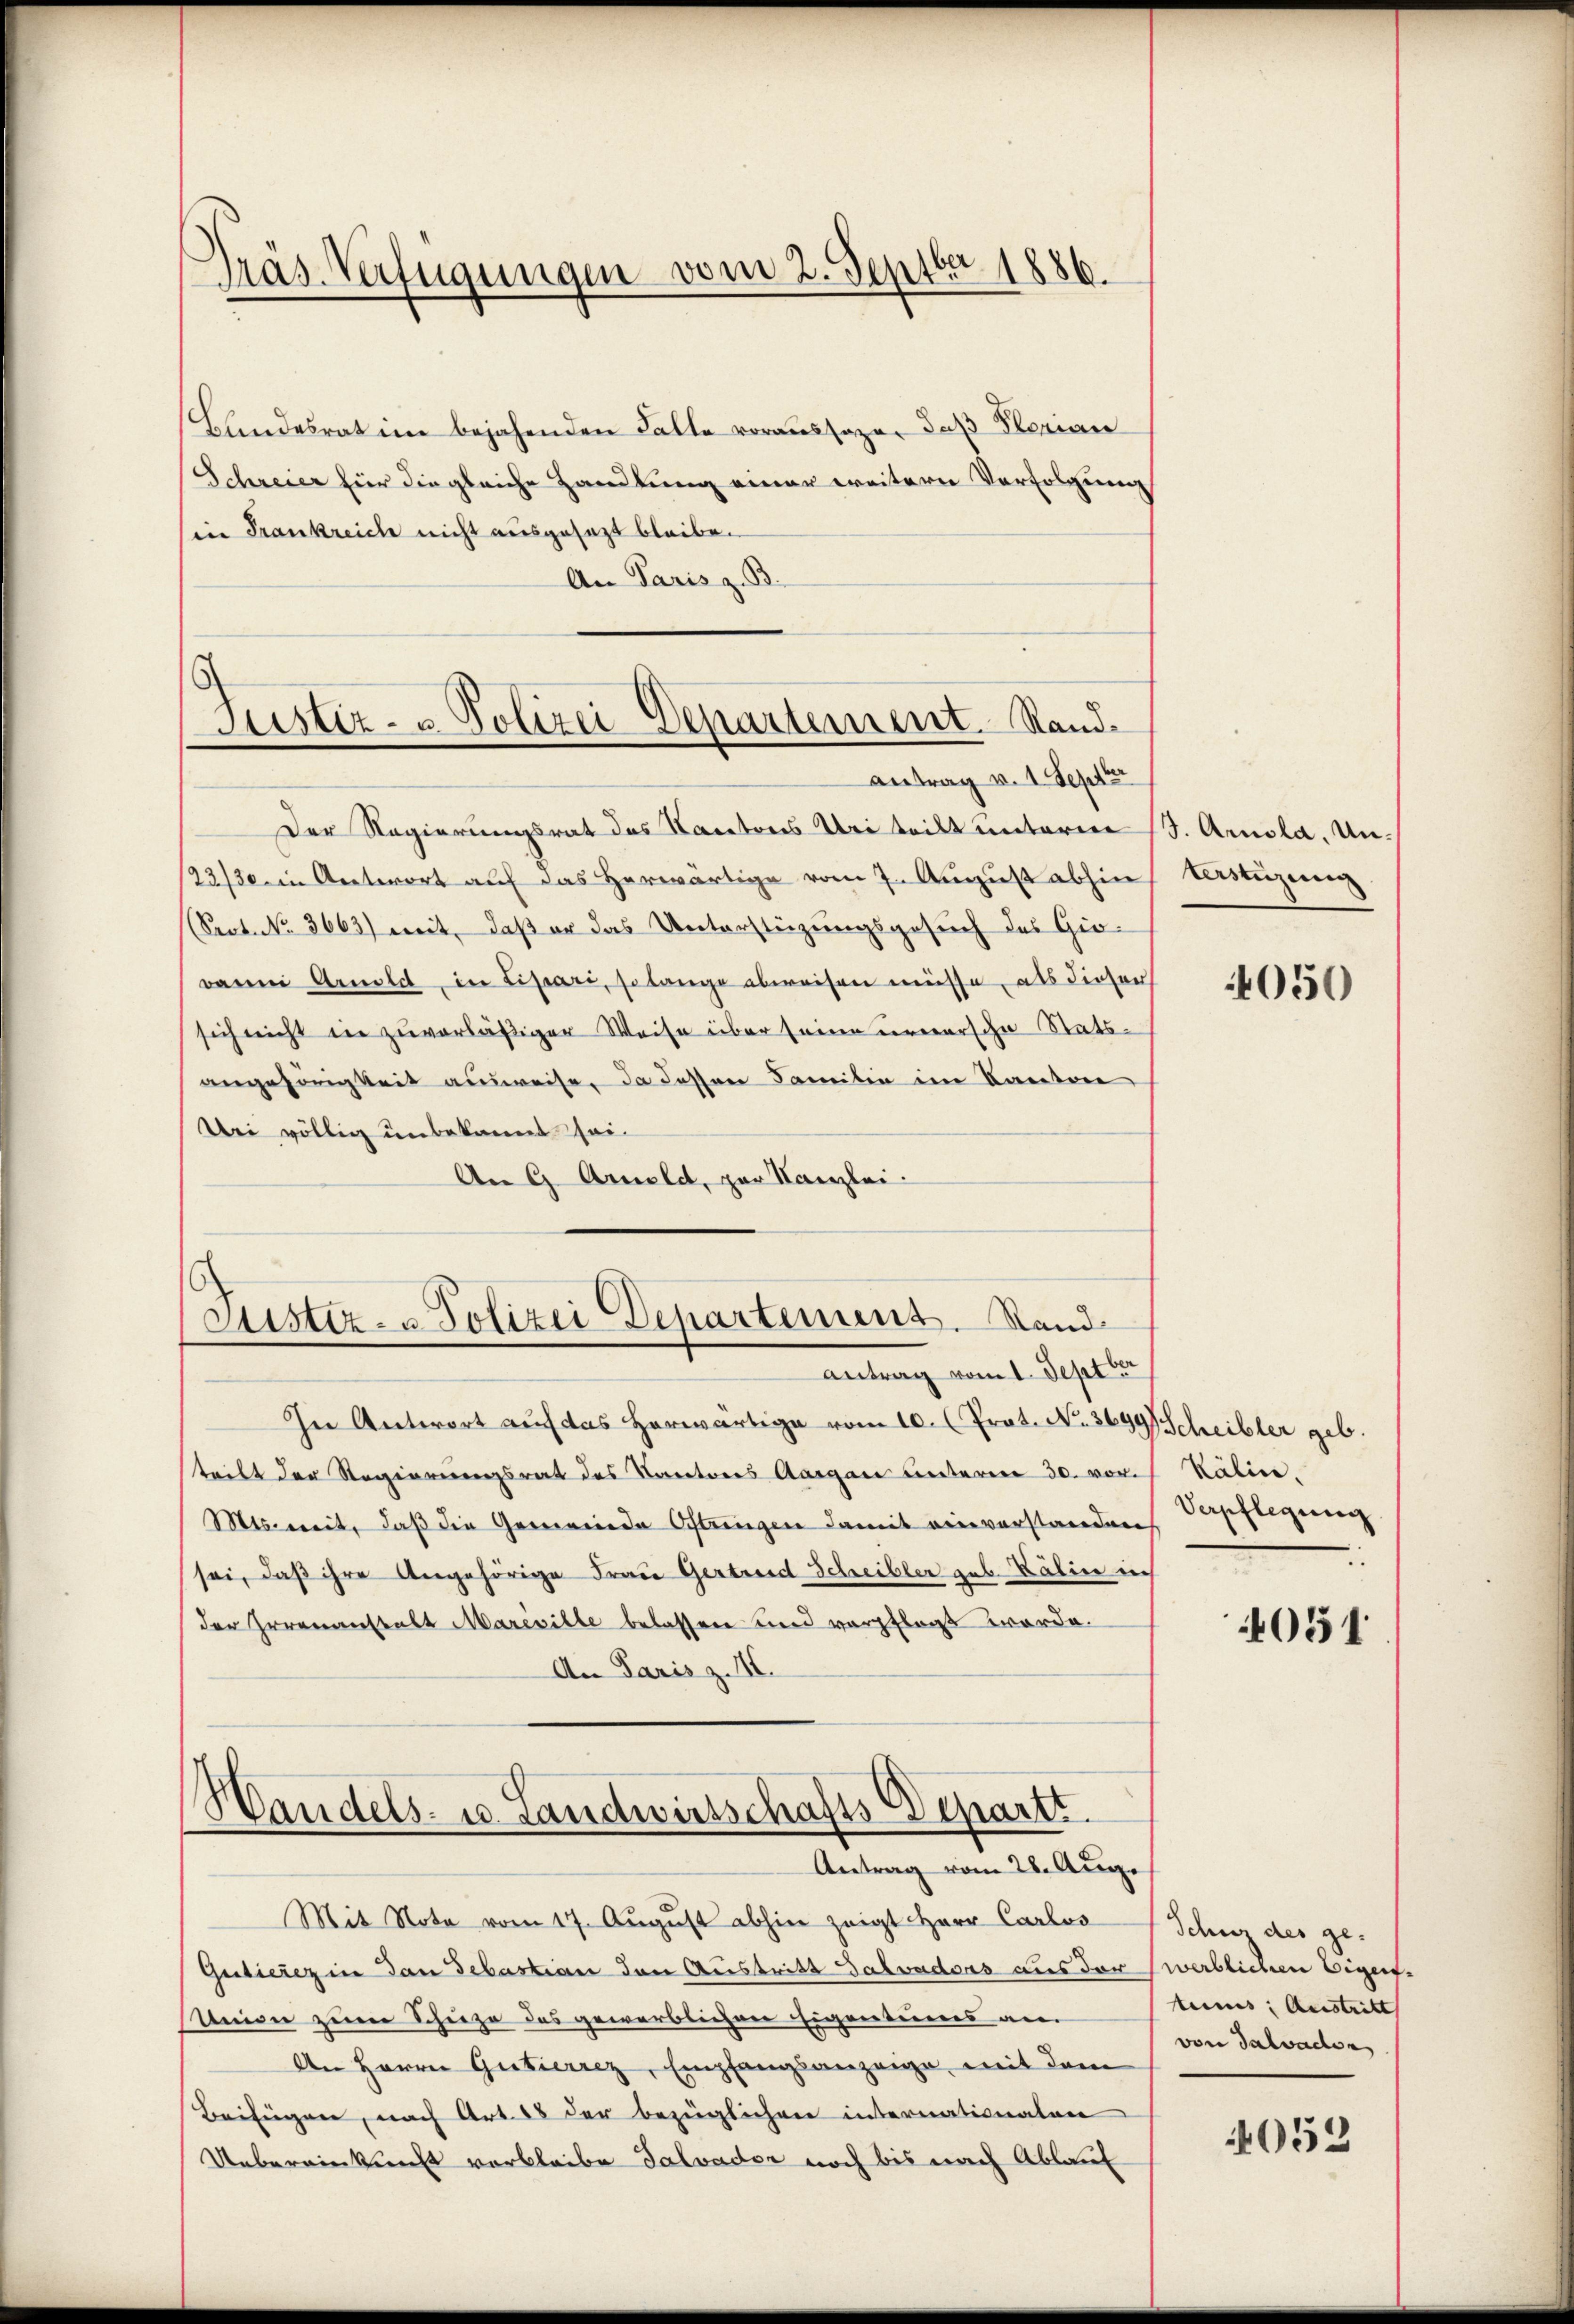
Präs. Verfügungen vom 2. Septer 1886.

Justiz- & Polizei Departement. Sand¬
Antrag v. 1. Sept

Bundesrat im bejahenden Falle voraussage, daß Plorian
Schreier für die gleiche Handlung einer weitern Verfolgung
(in Frankreich nicht ausgesezt bleibe.
An Paris z. B.
Der Regierungsrat das Nacetors Uri teilt unterm S. Arnola, Un¬
23/30. in Antwort auf das Herwärtige vom 7. August abhin
Srot. No. 3663) weit, daß er das Unterstüzungsgesuch des Gio¬
Banni Arnold, in Lissari, so lange abweisen müsse, als diesen
sich nicht in zuverläßiger Weise über seine Fernersche Statsangehörigkeit ausweise, da dessen Familie im Kanton
Uei völlig unbekannt sei.
An G. Arnold, zur Kanzlei-
Justiz- u. Polizei Departement. Stand
Antrag vom 1. Septbr
In Antwort auf das herwärtige vom 10. (Prot. N. 3699 Scheibler geb.
teilt der Regierungsrat des Kantones Aargau unteren 30. vor.
Mts. weit, daß die Gemeinde Oftungen damit einverstanden Verpflegung
sei, daß ihre Angehörige Frau Gertreid Scheibler geb. Baline in
der Irrenanstalt Mareville belassen und verpflegt worde.
An Paris z. II.
Handels- u. Landwirtschafts-Departt
Antrag vom 28. Aug.
Mit Note vom 17. August abhin zeigt Herr Carlos
Gutierez in dan Sebastian den Austritt Salvadoas aus der (werblichen Eigen-
Union zum Schiehe des gewerblichen Eigentiones am
An Herrn Gutierrez, Empfangsanzeige, mit dem
Beifügen, nach Art. 25 der bezüglichen internationalen
Uebereinkunft verbleibe Talvader noch bis nach Ablauf

terstüzung

4050

Kälin.

4051

Schutz des getums Austritt
von Salvaden

4052